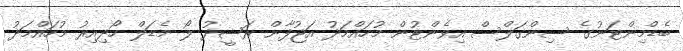
ބެޑްމިންޓަނުގެ ސިންގަލްސް އިވެންޓުން މުހައްމަދު އަޖުފާން ރަޝީދު ލޯ މެޑަލް ހޯދިއިރު މުހައްމަދު